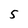
Character: 5